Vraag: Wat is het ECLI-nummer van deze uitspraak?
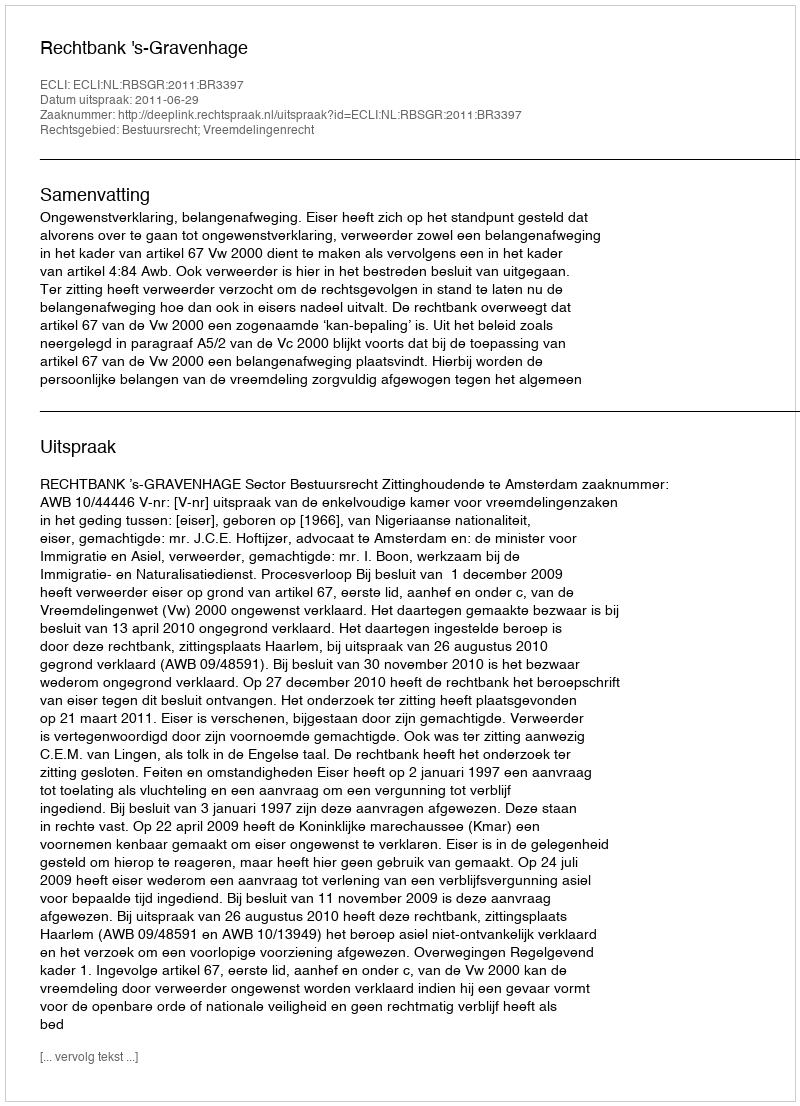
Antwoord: ECLI:NL:RBSGR:2011:BR3397